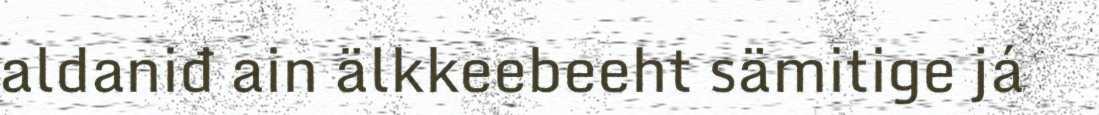
aldaniđ ain älkkeebeeht sämitige já